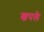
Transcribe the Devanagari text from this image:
खपले